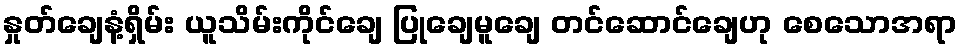
နှုတ်ချေနံ့ရှိမ်း ယူသိမ်းကိုင်ချေ ပြုချေမူချေ တင်ဆောင်ချေဟု စေသောအရာ